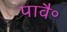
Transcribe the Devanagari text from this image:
पावै॰